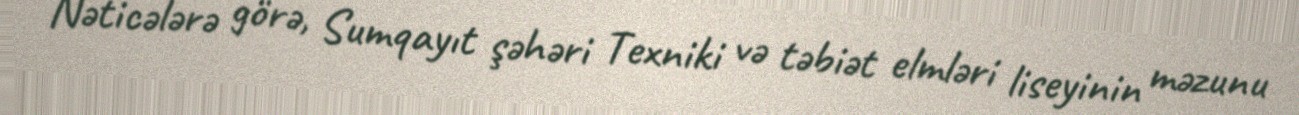
Nəticələrə görə, Sumqayıt şəhəri Texniki və təbiət elmləri liseyinin məzunu